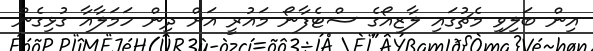
އިން ބަލިވި މެޗުގައި ލާޒިއޯގެ ސްޓެފާނޯ މައުރީ އަށް ދިން ހަމަލާއާ ގުޅިގެން